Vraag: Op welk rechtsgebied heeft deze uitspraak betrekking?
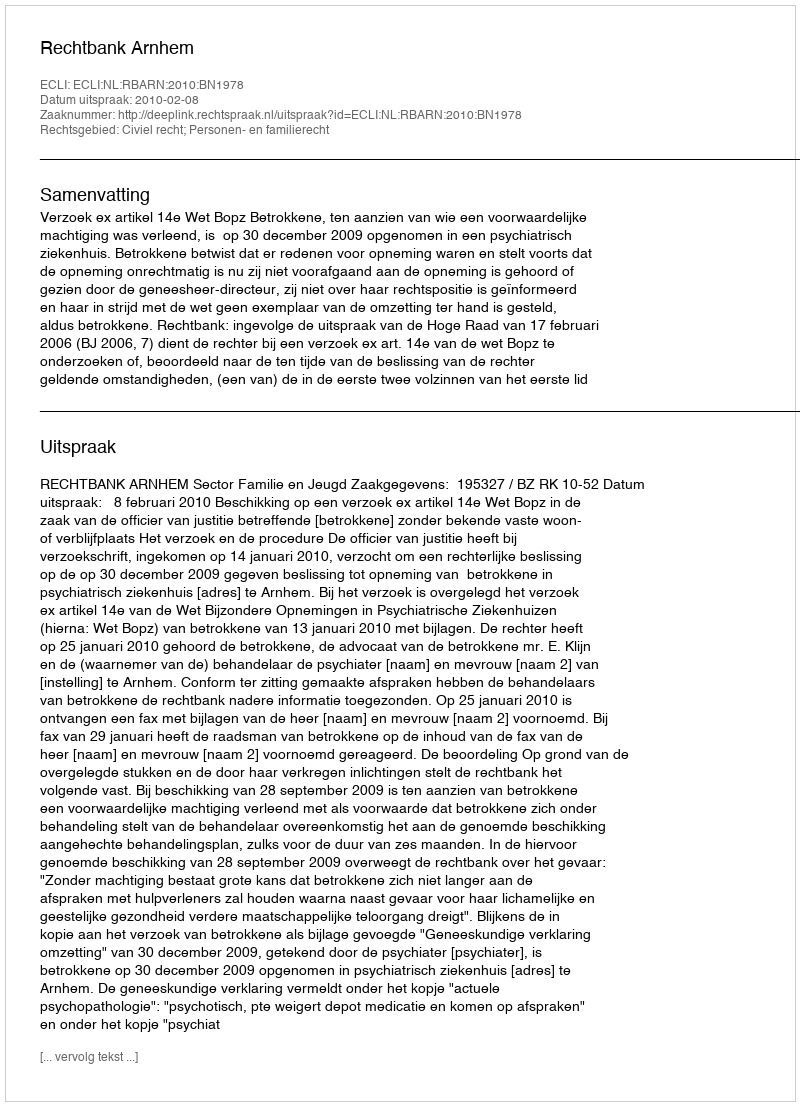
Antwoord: Civiel recht; Personen- en familierecht